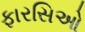
ફારસિઓ